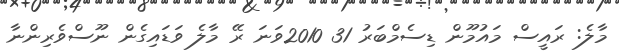
މާލެ: ރައީސް މައުމޫން ޑިސެމްބަރު 31 2010ވަނަ ރޭ މާލެ ވަޑައިގެން ނޫސްވެރިންނާ